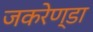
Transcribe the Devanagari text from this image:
जकरेण्डा